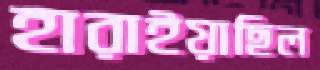
হারাইয়াছিল